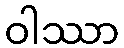
ဝါဿာ